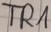
Text: TR1